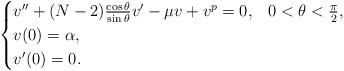
LaTeX: \begin{align*}\begin{cases}v''+(N-2)\frac{\cos\theta}{\sin\theta}v'-\mu v+v^p=0, & 0<\theta<\frac{\pi}{2},\\v(0)=\alpha,\\v'(0)=0.\end{cases}\end{align*}